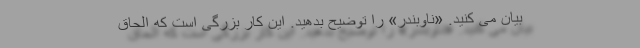
بیان می کنید. «ناوبندر» را توضیح بدهید. این کار بزرگی است که الحاق